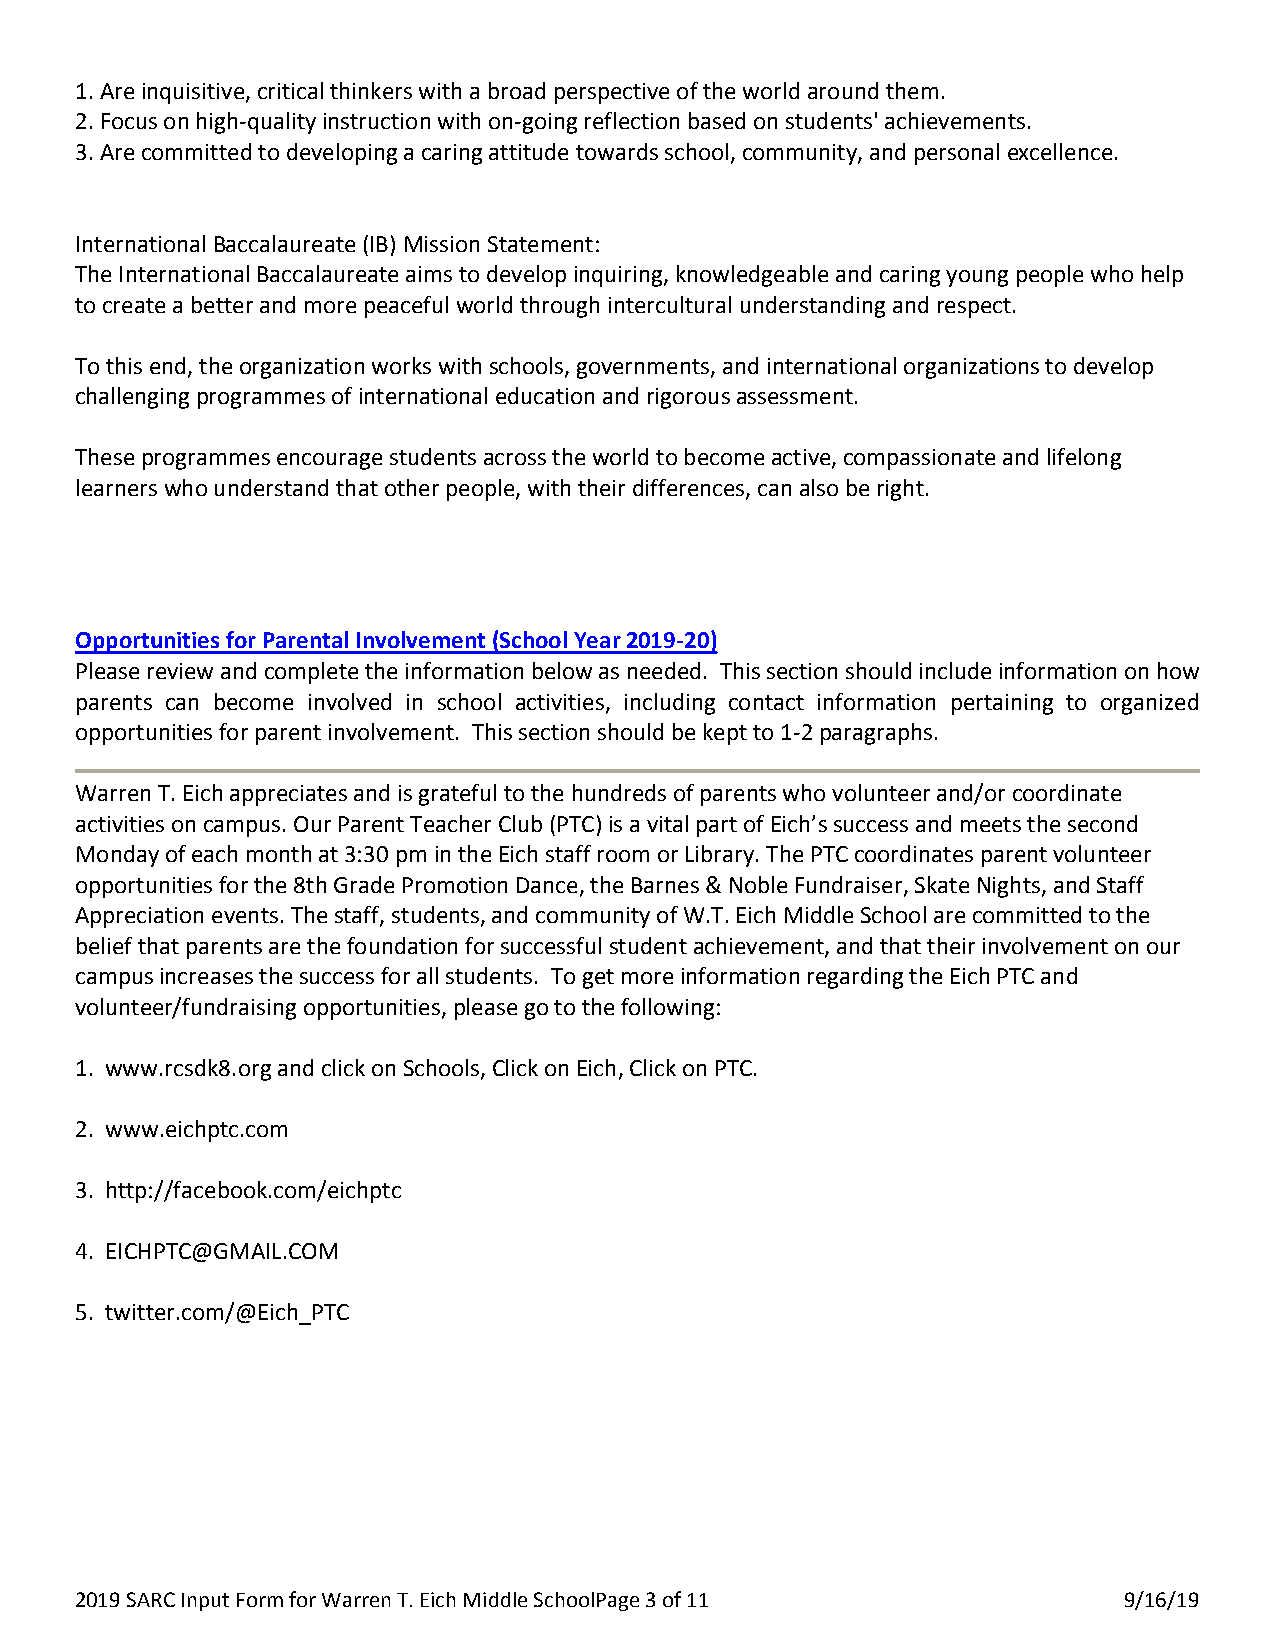
1. Are inquisitive, critical thinkers with a broad perspective of the world around them.
 2. Focus on high-quality instruction with on-going reflection based on students' achievements.
 3. Are committed to developing a caring attitude towards school, community, and personal excellence.
 International Baccalaureate (IB) Mission Statement:
 The International Baccalaureate aims to develop inquiring, knowledgeable and caring young people who help
 to create a better and more peaceful world through intercultural understanding and respect.
 To this end, the organization works with schools, governments, and international organizations to develop
 challenging programmes of international education and rigorous assessment.
 These programmes encourage students across the world to become active, compassionate and lifelong
 learners who understand that other people, with their differences, can also be right.
 Opportunities for Parental Involvement (School Year 2019-20)
 Please review and complete the information below as needed. This section should include information on how
 parents can become involved in school activities, including contact information pertaining to organized
 opportunities for parent involvement. This section should be kept to 1-2 paragraphs.
 Warren T. Eich appreciates and is grateful to the hundreds of parents who volunteer and/or coordinate
 activities on campus. Our Parent Teacher Club (PTC) is a vital part of Eich’s success and meets the second
 Monday of each month at 3:30 pm in the Eich staff room or Library. The PTC coordinates parent volunteer
 opportunities for the 8th Grade Promotion Dance, the Barnes & Noble Fundraiser, Skate Nights, and Staff
 Appreciation events. The staff, students, and community of W.T. Eich Middle School are committed to the
 belief that parents are the foundation for successful student achievement, and that their involvement on our
 campus increases the success for all students. To get more information regarding the Eich PTC and
 volunteer/fundraising opportunities, please go to the following:
 1. www.rcsdk8.org and click on Schools, Click on Eich, Click on PTC.
 2. www.eichptc.com
 3. http://facebook.com/eichptc
 4. EICHPTC@GMAIL.COM
 5. twitter.com/@Eich_PTC
 2019 SARC Input Form for Warren T. Eich Middle SchoolP age 3 of 11   9/16/19